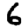
Digit: 6